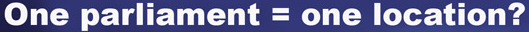
One parliamnet = one location?